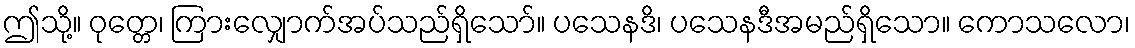
ဤသို့။ ဝုတ္တေ၊ ကြားလျှောက်အပ်သည်ရှိသော်။ ပသေနဒိ၊ ပသေနဒီအမည်ရှိသော။ ကောသလော၊